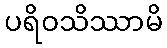
ပရိဝသိဿာမိ